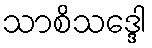
သာစိသဒ္ဒေါ